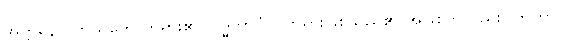
အတ္တနော၊ ကိုယ်တော်ဘုရား၏။ ဗုဒ္ဓဘာဝံပိ၊ ဘုရားဖြစ်သည်၏ အဖြစ်ကိုလည်း။ ကတွာ၊